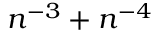
n ^ { - 3 } + n ^ { - 4 }